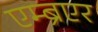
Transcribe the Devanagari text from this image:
एम्ब्रएर